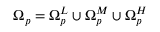
\Omega _ { p } = \Omega _ { p } ^ { L } \cup \Omega _ { p } ^ { M } \cup \Omega _ { p } ^ { H }